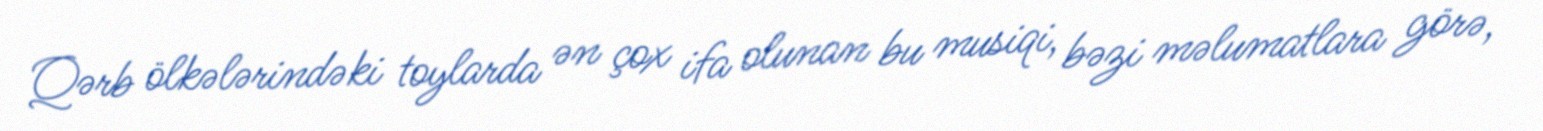
Qərb ölkələrindəki toylarda ən çox ifa olunan bu musiqi, bəzi məlumatlara görə,